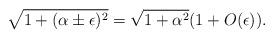
LaTeX: \begin{align*}\sqrt{1+(\alpha \pm \epsilon)^{2}} &= \sqrt{1+\alpha^2}(1+ O(\epsilon)).\end{align*}